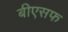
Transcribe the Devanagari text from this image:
बीएसफ